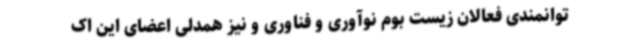
توانمندی فعالان زیست بوم نوآوری و فناوری و نیز همدلی اعضای این اک